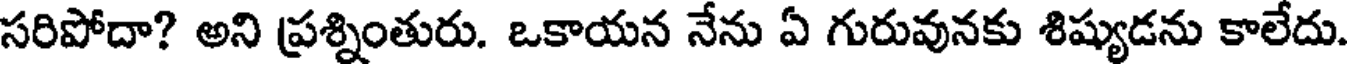
సరిపోదా? అని ప్రశ్నింతురు. ఒకాయన నేను ఏ గురువునకు శిష్యుడను కాలేదు.